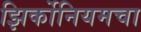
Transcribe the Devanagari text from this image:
झिर्कोनियमचा